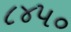
૮૪૫૦